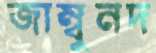
জাম্বুনদ